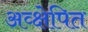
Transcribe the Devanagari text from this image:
अव्क्षेपित